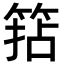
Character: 𥮠